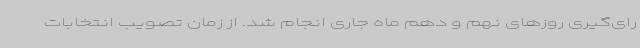
رای‌گیری روزهای نهم و دهم ماه جاری انجام شد. از زمان تصویب انتخابات